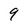
Character: 9